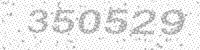
Solution: 350529